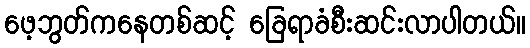
ဖေ့ဘွတ်ကနေတစ်ဆင့် ခြေရာခံစီးဆင်းလာပါတယ်။